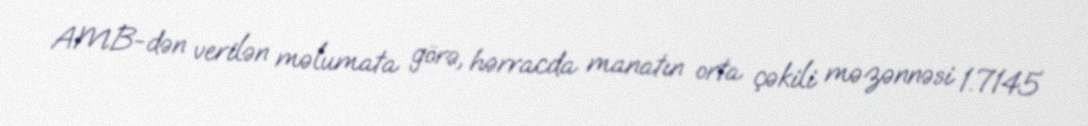
AMB-dən verilən məlumata görə, hərracda manatın orta çəkili məzənnəsi 1.7145